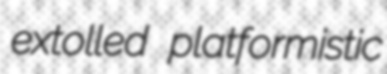
extolled platformistic